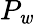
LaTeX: P_{\mathit{w}}